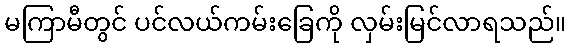
မကြာမီတွင် ပင်လယ်ကမ်းခြေကို လှမ်းမြင်လာရသည်။